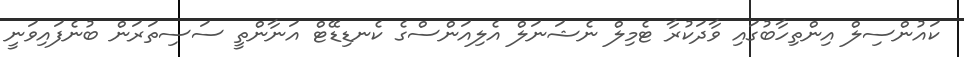
ކައުންސިލް އިންތިހާބުގައި ވާދަކުރާ ޓެމިލް ނެޝަނަލް އެލިއަންސްގެ ކެނޑިޑޭޓް އަނާންތީ ސަސިތަރަން ބުނެފައިވަނީ